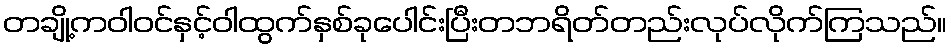
တချို့ကဝါဝင်နှင့်ဝါထွက်နှစ်ခုပေါင်းပြီးတဘရိတ်တည်းလုပ်လိုက်ကြသည်။